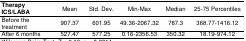
<table><thead><tr><td><b>Therapy ICS/LABA</b></td><td><b>Mean</b></td><td><b>Std. Dev.</b></td><td><b>Min-Max</b></td><td><b>Median</b></td><td><b>25-75 Percentiles</b></td></tr></thead><tbody><tr><td>Before the treatment</td><td>907.37</td><td>601.95</td><td>49.36-2067.32</td><td>787.3</td><td>368.77-1416.12</td></tr><tr><td>After 6 months</td><td>527.47</td><td>577.25</td><td>0.16-2356.53</td><td>350.32</td><td>18.19-974.12</td></tr></tbody></table>